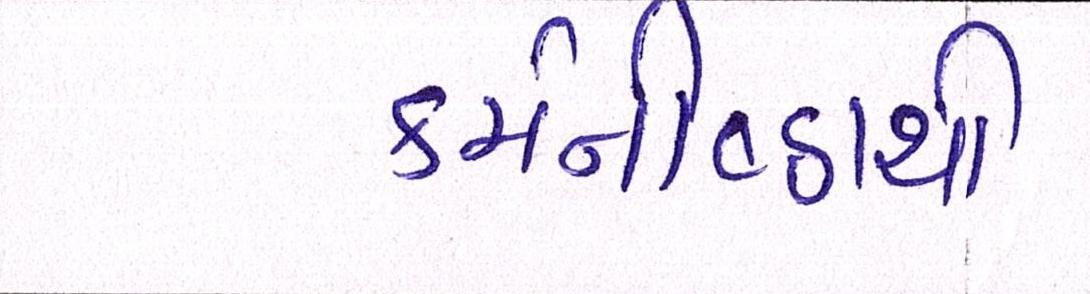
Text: કર્મનીષ્ઠાથી